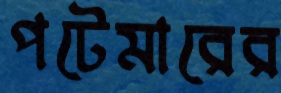
পটেমারের